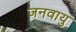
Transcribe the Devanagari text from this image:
जनवायु